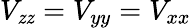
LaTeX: V_{\mathit{z}\mathit{z}}=V_{yy}=V_{xx}